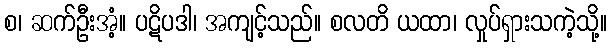
စ၊ ဆက်ဦးအံ့။ ပဋိပဒါ၊ အကျင့်သည်။ စလတိ ယထာ၊ လှုပ်ရှားသကဲ့သို့။